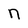
Character: n